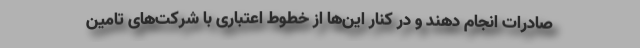
صادرات انجام دهند و در کنار این‌ها از خطوط اعتباری با شرکت‌های تامین